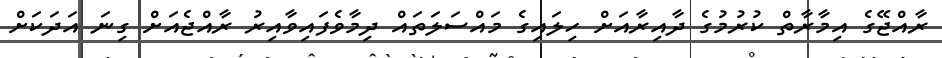
ރާއްޖޭގެ އިމާރާތް ކުރުމުގެ ދާއިރާއަށް ހިލައިގެ މައްސަލަތައް ދިމާވެފައިވާއިރު ރާއްޖެއަށް ގިނަ އަދަކަށް